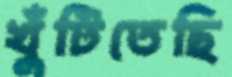
খুঁটিতেছি